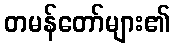
တမန်တော်များ၏